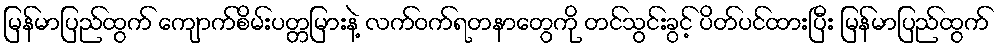
မြန်မာပြည်ထွက် ကျောက်စိမ်းပတ္တမြားနဲ့ လက်ဝက်ရတနာတွေကို တင်သွင်းခွင့် ပိတ်ပင်ထားပြီး မြန်မာပြည်ထွက်